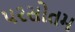
પરસોતમ